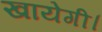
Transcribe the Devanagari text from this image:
खायेगी।